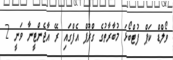
ވޯލްޑް ކަޕް ފުޓްބޯޅަ މުބާރާތުގެ ގްރޫޕް އެފްގައި ރޭ އާޖެންޓީނާ ވަނީ 2